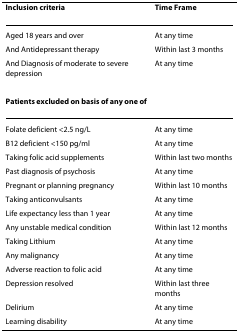
| Inclusion criteria | Time Frame |
 | --- | --- |
 | Aged 18 years and over | At any time |
 | And Antidepressant therapy | Within last 3 months |
 | And Diagnosis of moderate to severe depression | At any time |
 | Patients excluded on basis of any one of |  |
 | Folate deficient <2.5 ng/L | At any time |
 | B12 deficient <150 pg/ml | At any time |
 | Taking folic acid supplements | Within last two months |
 | Past diagnosis of psychosis | At any time |
 | Pregnant or planning pregnancy | Within last 10 months |
 | Taking anticonvulsants | At any time |
 | Life expectancy less than 1 year | At any time |
 | Any unstable medical condition | Within last 12 months |
 | Taking Lithium | At any time |
 | Any malignancy | At any time |
 | Adverse reaction to folic acid | At any time |
 | Depression resolved | Within last three months |
 | Delirium | At any time |
 | Learning disability | At any time |